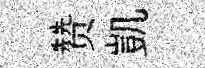
赞凱